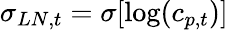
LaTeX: \sigma_{LN,t}=\sigma[\log(c_{p,t})]